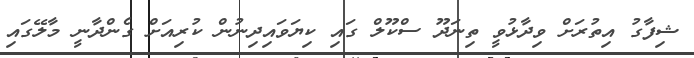
ޝިފާގު އިތުރަށް ވިދާޅުވީ ތިނަދޫ ސްކޫލް ގައި ކިޔަވައިދިނުން ކުރިއަށް ގެންދާނީ މާލޭގައިި